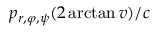
p _ { r , \varphi , \psi } ( 2 \arctan v ) / c